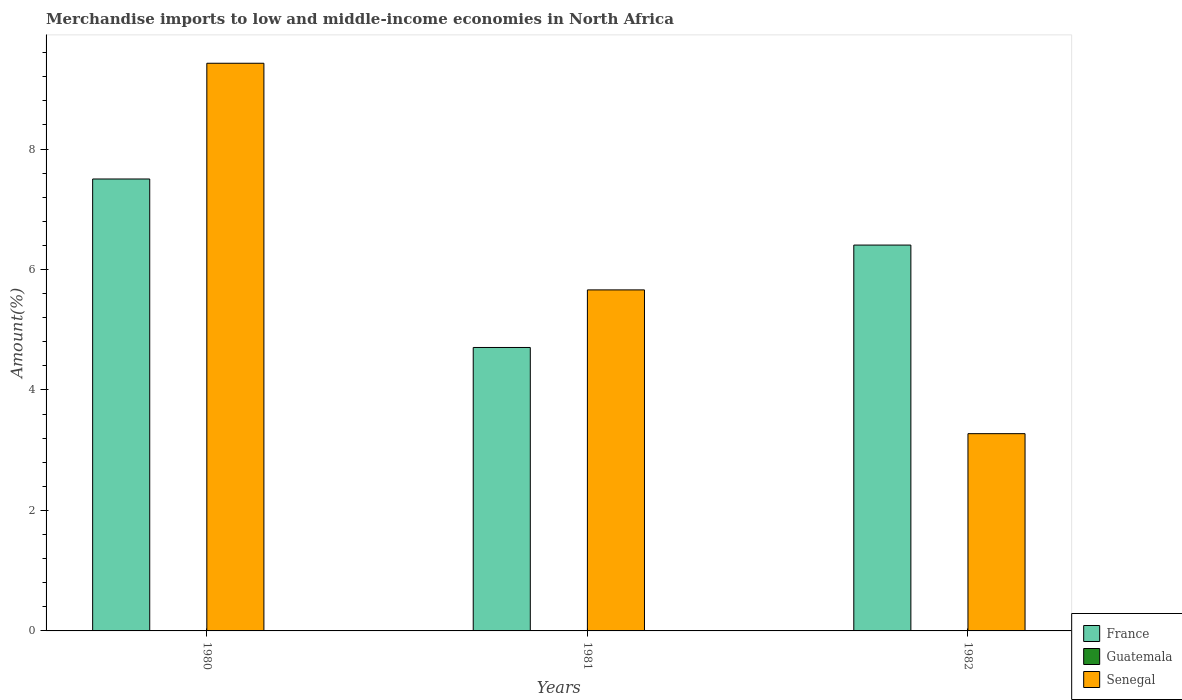
| Years | France | Guatemala | Senegal |
 | --- | --- | --- | --- |
 | 1980 | 7.5 | 0.000439 | 9.42 |
 | 1981 | 4.71 | 0.00174 | 5.66 |
 | 1982 | 6.41 | 0.000869 | 3.27 |